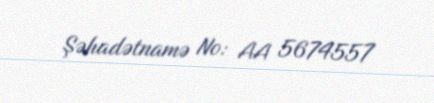
Şəhadətnamə №: AA 5674557